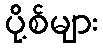
ပို့စ်များ